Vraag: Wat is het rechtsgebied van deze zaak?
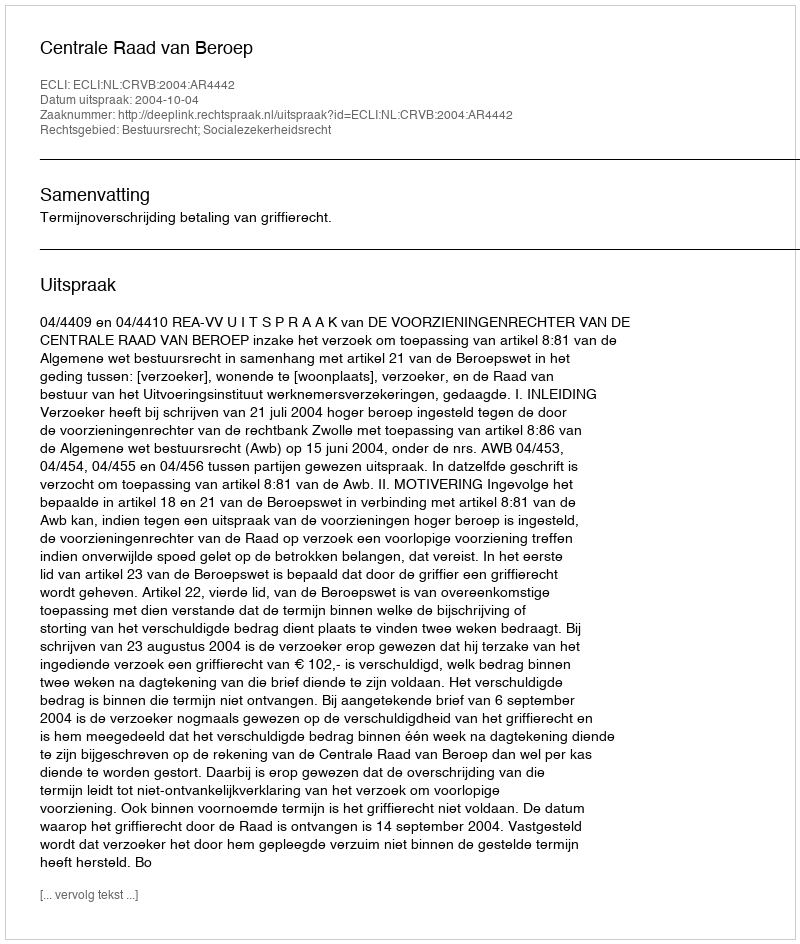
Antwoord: Bestuursrecht; Socialezekerheidsrecht